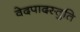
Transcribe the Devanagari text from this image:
वेदपादस्तुति